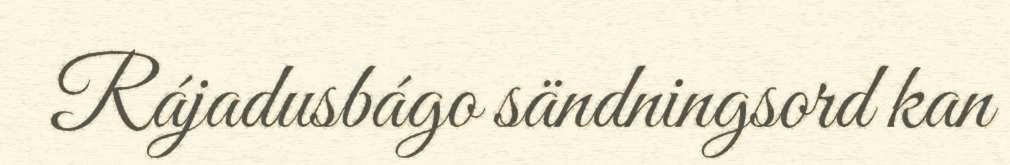
Rájadusbágo sändningsord kan